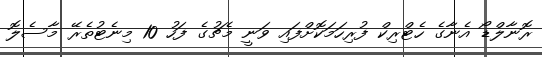
ރޮނާލްޑޯ އެނާގެ ހެޓްރިކް ފުރިހަމަކޮށްފައި ވަނީ މެޗުގެ ފަހު 10 މިނެޓުތެރޭ މާސެލޮ